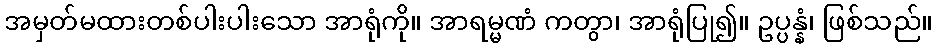
အမှတ်မထားတစ်ပါးပါးသော အာရုံကို။ အာရမ္မဏံ ကတွာ၊ အာရုံပြု၍။ ဥပ္ပန္နံ၊ ဖြစ်သည်။